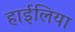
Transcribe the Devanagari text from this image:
हाईलिया